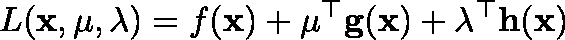
L ( \mathbf { x } , \mathbf { \mu } , \mathbf { \lambda } ) = f ( \mathbf { x } ) + \mathbf { \mu } ^ { \top } \mathbf { g } ( \mathbf { x } ) + \mathbf { \lambda } ^ { \top } \mathbf { h } ( \mathbf { x } )